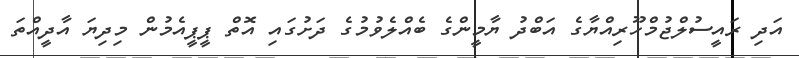
އަދި ރައީސުލްޖުމްހޫރިއްޔާގެ އަބްދު ޔާމީންގެ ބެއްލެވުމުގެ ދަށުގައި އޮތް ޕީޕީއެމުން މިދިޔަ އާދީއްތަ